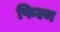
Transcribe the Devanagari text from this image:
फिल्म